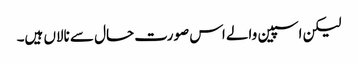
لیکن اسپین والے اس صورت حال سے نالاں ہیں۔